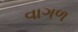
વાગળ